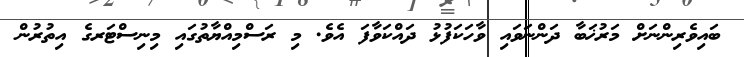
ބައިވެރިންނަށް މަރުޚަބާ ދަންނަވައި ވާހަކަފުޅު ދައްކަވާފަ އެވެ. މި ރަސްމިއްޔާތުގައި މިނިސްޓަރގެ އިތުރުން